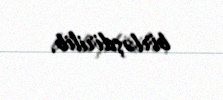
birləşdirilib.